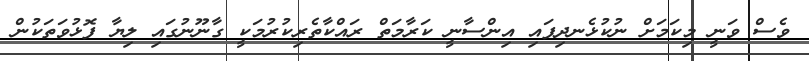
ވެސް ވަނީ މިކަމަށް ނުކުޅެނދިފައި އިންސާނީ ކަރާމަތް ރައްކާތެރިކުރުމަކީ ގާނޫނުގައި ލިޔާ ފޮޅުވަތަކުން